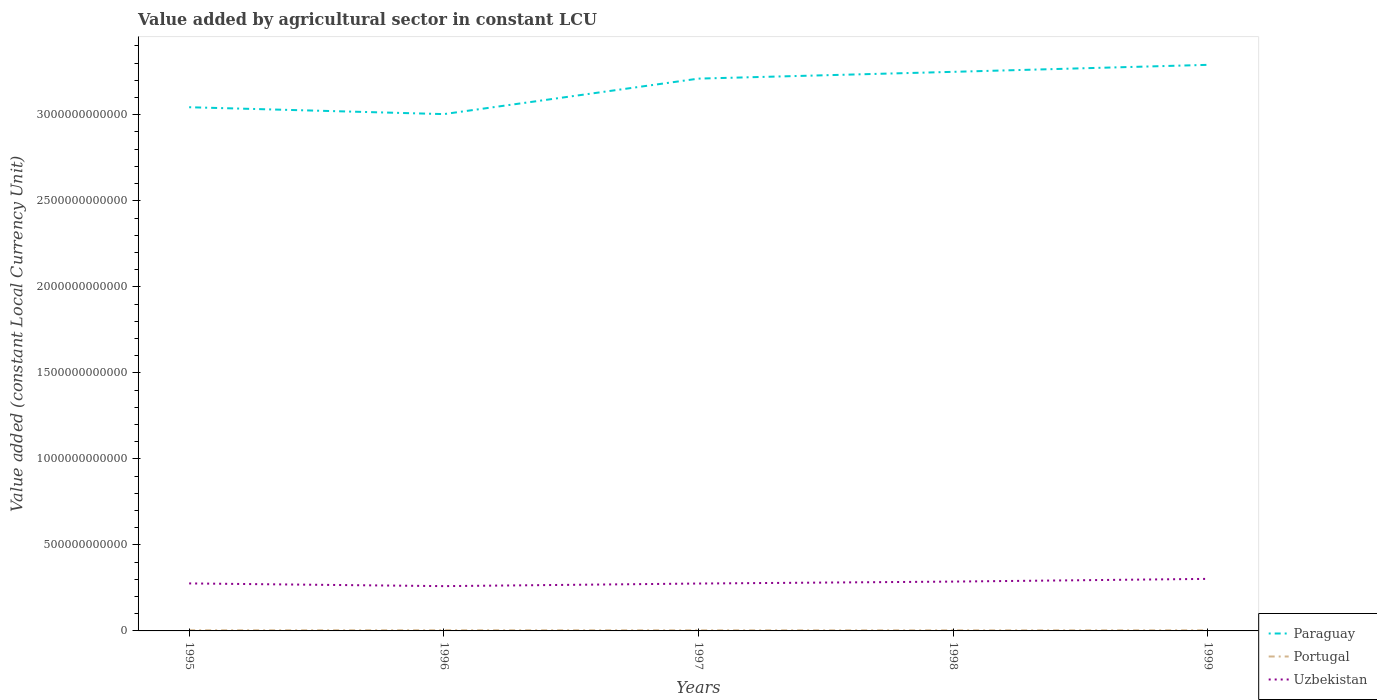
| Years | Paraguay | Portugal | Uzbekistan |
 | --- | --- | --- | --- |
 | 1995 | 3.04e+12 | 3.77e+09 | 2.76e+11 |
 | 1996 | 3e+12 | 3.95e+09 | 2.6e+11 |
 | 1997 | 3.21e+12 | 3.64e+09 | 2.75e+11 |
 | 1998 | 3.25e+12 | 3.5e+09 | 2.87e+11 |
 | 1999 | 3.29e+12 | 3.71e+09 | 3.03e+11 |